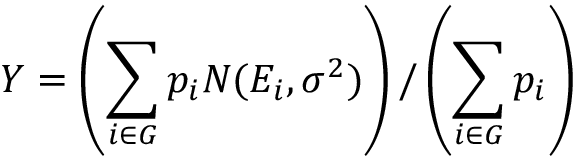
Y = \left( \sum _ { i \in G } p _ { i } N ( E _ { i } , \sigma ^ { 2 } ) \right) / \left( \sum _ { i \in G } p _ { i } \right)